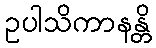
ဥပါသိကာနန္တိ